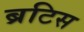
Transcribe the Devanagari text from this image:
ब्रटिस